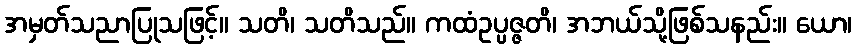
အမှတ်သညာပြုသဖြင့်။ သတိ၊ သတိသည်။ ကထံဥပ္ပဇ္ဇတိ၊ အဘယ်သို့ဖြစ်သနည်း။ ယော၊